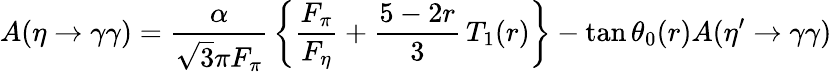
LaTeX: A(\eta\to\gamma\gamma)={\frac{\alpha}{\sqrt 3\pi{F_{\pi}}}}\left\{ {\frac{F_{\pi}}{F_{\eta}}}+{\frac{5-2r}{3}}\, T_{1}(r)\right\} -\tan\theta_{0}(r)A({\eta^{\prime}}\to\gamma\gamma)